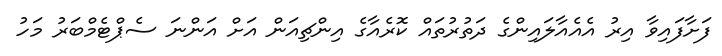
ފަށާފައިވާ އިރު އެއެއާލައިންގެ ދަތުރުތައް ކޮރެއާގެ އިންޗިއަން އަށް އަންނަ ސެޕްޓެމްބަރު މަހު